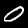
Digit: 0